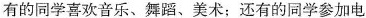
有的同学喜欢音乐、舞蹈、美术；还有的同学参加电